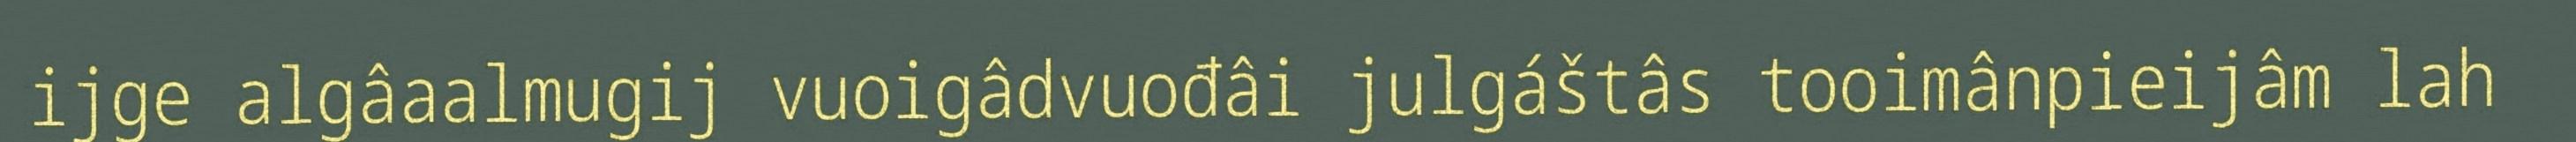
ijge algâaalmugij vuoigâdvuođâi julgáštâs tooimânpieijâm lah